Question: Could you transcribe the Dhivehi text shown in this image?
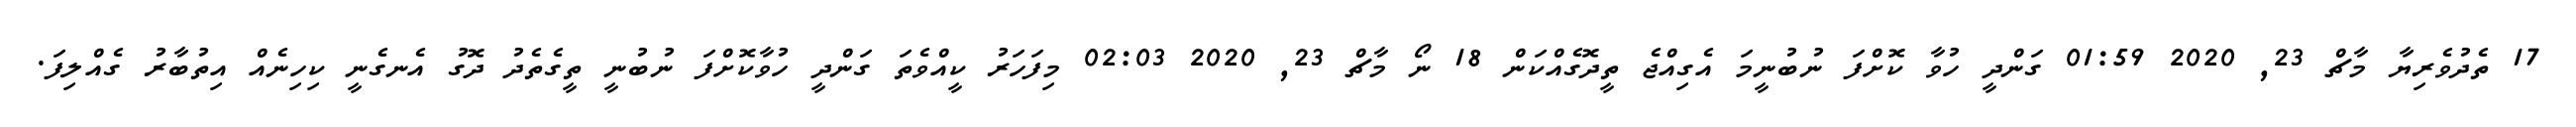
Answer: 17 ތެދުވެރިޔާ މާޗް 23, 2020 01:59 ގަންދީ ހުވާ ކޮށްފަ ނުބުނީމަ އެގިއްޖެ ތީދޮގެއްކަން 18 ނޯ މާޗް 23, 2020 02:03 މިފަހަރު ކީއްވެތަ ގަންދީ ހުވާކޮށްފަ ނުބުނީ ތީގެތެދު ދޮގު އެނގެނީ ކިހިނެއް އިތުބާރު ގެއްލިފަ.